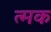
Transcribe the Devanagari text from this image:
त्मक